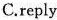
C.reply